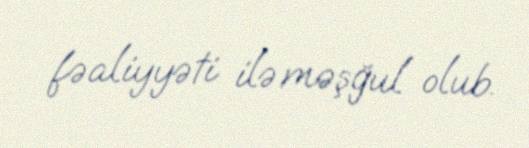
fəaliyyəti ilə məşğul olub.